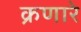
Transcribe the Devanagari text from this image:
क्रणारे